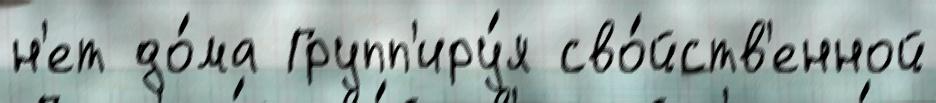
н'ет до́ма Групп'иру́я сво́йств'енной